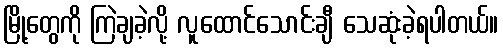
မြို့တွေကို ကြဲချခဲ့လို့ လူထောင်သောင်းချီ သေဆုံးခဲ့ရပါတယ်။